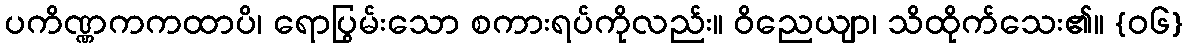
ပကိဏ္ဏကကထာပိ၊ ရောပြွမ်းသော စကားရပ်ကိုလည်း။ ဝိညေယျာ၊ သိထိုက်သေး၏။ {၀၆}